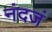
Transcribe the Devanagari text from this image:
नंदजं